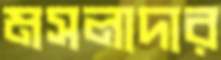
মসলাদার